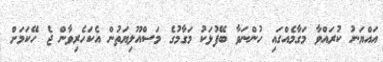
އައްޔަނު ކުރައްވާ މަގާމެއްގައި ހުންނަވާ ބޭފުޅަކު މަގާމުގެ މަސްއޫލިޔަތުން އެކަހެރިވާން ޖެ ހޭކަމަށް